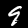
Label: 9